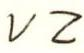
V Z